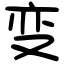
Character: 变